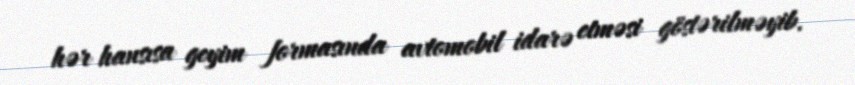
hər hansısa geyim formasında avtomobil idarə etməsi göstərilməyib.